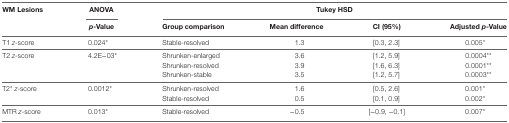
| <ROWSPAN=2> WM Lesions | ANOVA | <COLSPAN=4> Tukey HSD |
 | p-Value | Group comparison | Mean difference | CI (95%) | Adjusted p-Value |
 | --- | --- | --- | --- | --- | --- |
 | T1 z-score | 0.024* | Stable-resolved | 1.3 | [0.3, 2.3] | 0.005* |
 | <ROWSPAN=3> T2 z-score | <ROWSPAN=3> 4.2E−03* | Shrunken-enlarged | 3.6 | [1.2, 5.9] | 0.0004** |
 | Shrunken-resolved | 3.9 | [1.6, 6.3] | 0.0001** |
 | Shrunken-stable | 3.5 | [1.2, 5.7] | 0.0003** |
 | <ROWSPAN=2> T2*z-score | <ROWSPAN=2> 0.0012* | Shrunken-resolved | 1.6 | [0.5, 2.6] | 0.001* |
 | Stable-resolved | 0.5 | [0.1, 0.9] | 0.002* |
 | MTR z-score | 0.013* | Stable-resolved | −0.5 | [−0.9, −0.1] | 0.007* |